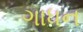
ગાધન